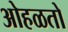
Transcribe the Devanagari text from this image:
ओहळतो